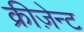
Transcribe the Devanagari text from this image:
क्रीज़ेन्ट